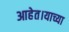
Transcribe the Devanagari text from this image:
आहेत।याच्या